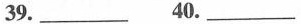
39.___ 40.___